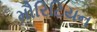
મૌરિટિયન